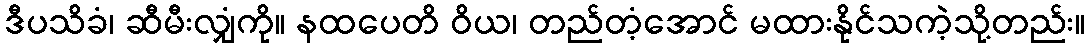
ဒီပသိခံ၊ ဆီမီးလျှံကို။ နထပေတိ ဝိယ၊ တည်တံ့အောင် မထားနိုင်သကဲ့သို့တည်း။